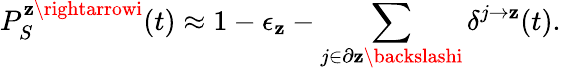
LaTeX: P_{S}^{\mathbf{z}\rightarrowi}(t)\approx1-\epsilon_{\mathbf{z}}-\sum_{j\in\partial\mathbf{z}\backslashi}\delta^{j\rightarrow\mathbf{z}}(t).